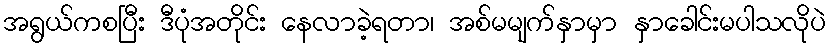
အရွယ်ကစပြီး ဒီပုံအတိုင်း နေလာခဲ့ရတာ၊ အစ်မမျက်နှာမှာ နှာခေါင်းမပါသလိုပဲ